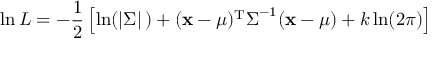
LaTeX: \ln L = - { \frac { 1 } { 2 } } \left[ \ln ( | { \boldsymbol { \Sigma } } | \, ) + ( \mathbf { x } - { \boldsymbol { \mu } } ) ^ { \mathrm { { T } } } { \boldsymbol { \Sigma } } ^ { - 1 } ( \mathbf { x } - { \boldsymbol { \mu } } ) + k \ln ( 2 \pi ) \right]